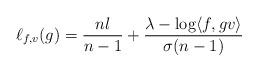
LaTeX: \begin{align*}\ell_{f,v} (g) = \frac{n l}{n-1} + \frac{\lambda - \log \langle f, g v \rangle}{\sigma(n-1)} \end{align*}